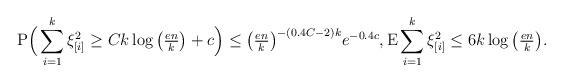
LaTeX: \begin{align*}\mathrm{P}\Big( \sum_{i=1}^k \xi_{[i]}^2 \ge Ck \log\big(\tfrac{en}{k}\big)+c\Big) \le \big(\tfrac{en}{k}\big)^{-(0.4C-2)k} e^{-0.4c}, \mathrm{E} \sum_{i=1}^k \xi_{[i]}^2 \le 6k\log\big(\tfrac{en}{k}\big).\end{align*}